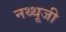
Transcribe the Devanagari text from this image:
नथ्थूजी